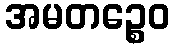
အမတဉ္စေဝ